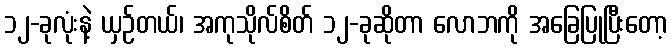
၁၂-ခုလုံးနဲ့ ယှဉ်တယ်၊ အကုသိုလ်စိတ် ၁၂-ခုဆိုတာ လောဘကို အခြေပြုပြီးတော့